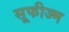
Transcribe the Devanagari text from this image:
सूफीज्म